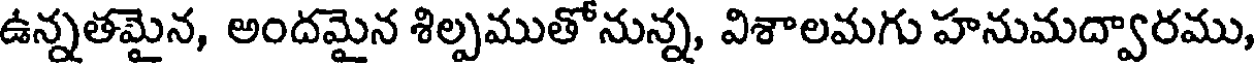
ఉన్నతమైన, అందమైన శిల్పముతోనున్న, విశాలమగు హనుమద్వారము,